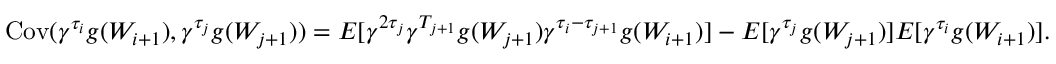
\begin{array} { r } { \mathrm { C o v } ( \gamma ^ { \tau _ { i } } g ( W _ { i + 1 } ) , \gamma ^ { \tau _ { j } } g ( W _ { j + 1 } ) ) = E [ \gamma ^ { 2 \tau _ { j } } \gamma ^ { T _ { j + 1 } } g ( W _ { j + 1 } ) \gamma ^ { \tau _ { i } - \tau _ { j + 1 } } g ( W _ { i + 1 } ) ] - E [ \gamma ^ { \tau _ { j } } g ( W _ { j + 1 } ) ] E [ \gamma ^ { \tau _ { i } } g ( W _ { i + 1 } ) ] . } \end{array}